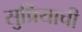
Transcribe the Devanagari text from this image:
सुप्रियाची